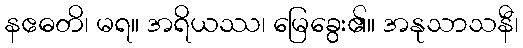
နဧဓတိ၊ မရ။ အရိယဿ၊ မြေခွေး၏။ အနုသာသနီ၊